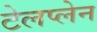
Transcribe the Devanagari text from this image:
टेलप्लेन